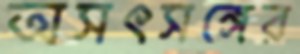
অসৎসঙ্গের